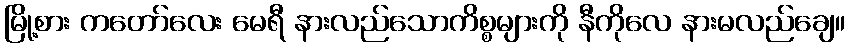
မြို့စား ကတော်လေး မေရီ နားလည်သောကိစ္စများကို နီကိုလေ နားမလည်ချေ။